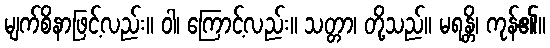
မျက်စိနာဖြင့်လည်း။ ဝါ၊ ကြောင့်လည်း။ သတ္တာ၊ တို့သည်။ မရန္တိ၊ ကုန်၏။